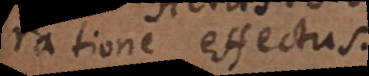
ratione effectus.